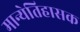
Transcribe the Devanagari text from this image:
मान्येतिहासक